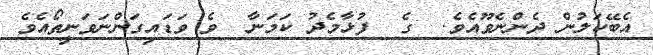
އެބޭކަލުން ދެންނެވޫއެވެ.  ގެ  ފުޅާމެދު ކަމަނާ  ވެ ވަޑައިގަންނަވަނީތޯއެވެ